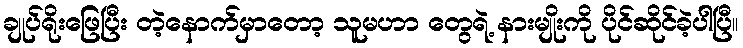
ချုပ်ရိုးဖြေပြီး တဲ့နောက်မှာတော့ သူမဟာ တွေရဲ့ နားမျိုးကို ပိုင်ဆိုင်ခဲ့ပါပြီ။